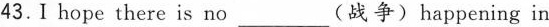
43.Ⅰ hope there is no ___(战争)happening in